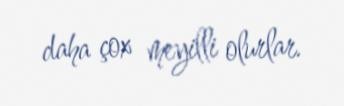
daha çox meyilli olurlar.